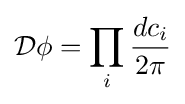
{\mathcal {D}}\phi =\prod _{i}{\frac {dc_{i}}{2\pi }}